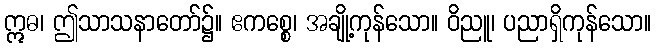
ဣဓ၊ ဤသာသနာတော်၌။ ဧကစ္စေ၊ အချို့ကုန်သော။ ဝိညူ၊ ပညာရှိကုန်သော။